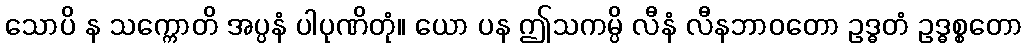
သောပိ န သက္ကောတိ အပ္ပနံ ပါပုဏိတုံ။ ယော ပန ဤသကမ္ပိ လီနံ လီနဘာဝတော ဥဒ္ဓတံ ဥဒ္ဓစ္စတော